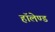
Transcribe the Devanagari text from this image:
हॉलेण्ड